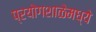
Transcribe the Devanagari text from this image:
प्रयोगशाळेमध्ये